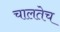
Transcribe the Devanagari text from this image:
चालतेच